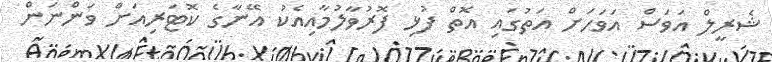
ޝެރީލް އަވަސް އަވަހަށް އަތުގައި އޮތް ފުޅި ފޮރުވާލުމާއިއެކު އޭނާގެ ކޮޓަރިއަށް ވަންނަން